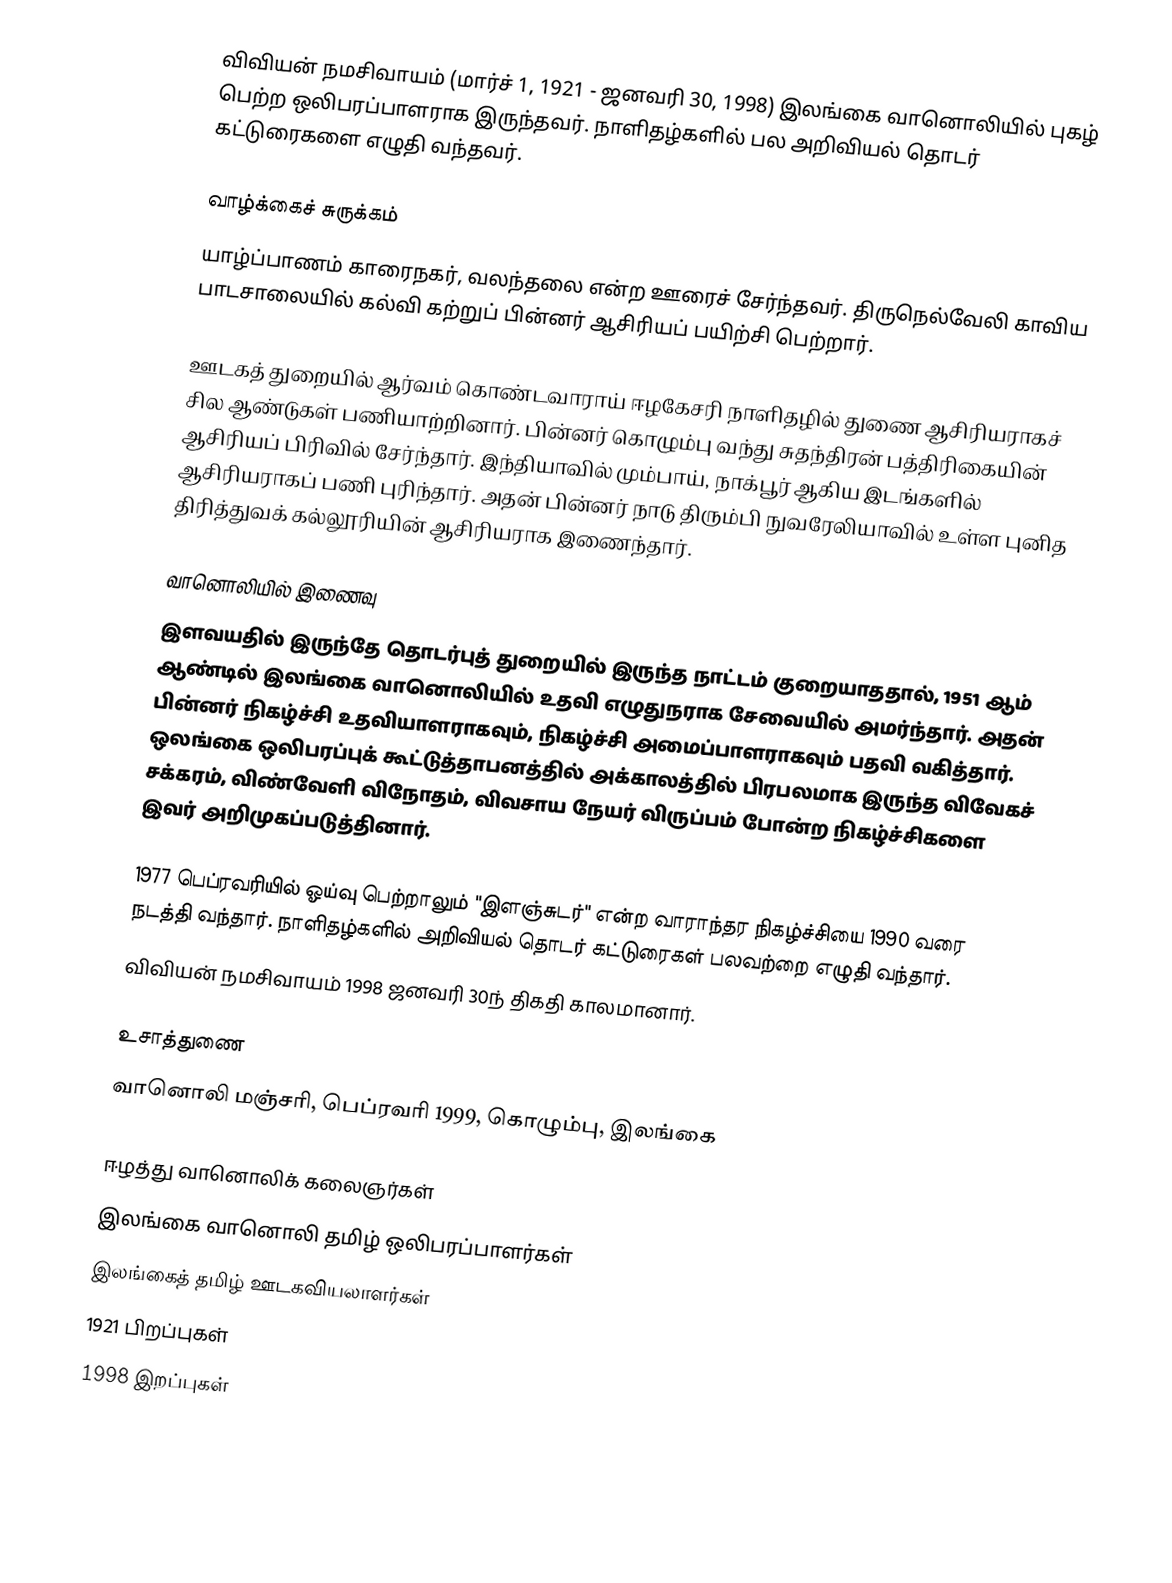
விவியன் நமசிவாயம் (மார்ச் 1, 1921 - ஜனவரி 30, 1998) இலங்கை வானொலியில் புகழ் பெற்ற ஒலிபரப்பாளராக இருந்தவர். நாளிதழ்களில் பல அறிவியல் தொடர் கட்டுரைகளை எழுதி வந்தவர்.

வாழ்க்கைச் சுருக்கம்
யாழ்ப்பாணம் காரைநகர், வலந்தலை என்ற ஊரைச் சேர்ந்தவர். திருநெல்வேலி காவிய பாடசாலையில் கல்வி கற்றுப் பின்னர் ஆசிரியப் பயிற்சி பெற்றார்.

ஊடகத் துறையில் ஆர்வம் கொண்டவாராய் ஈழகேசரி நாளிதழில் துணை ஆசிரியராகச் சில ஆண்டுகள் பணியாற்றினார். பின்னர் கொழும்பு வந்து சுதந்திரன் பத்திரிகையின் ஆசிரியப் பிரிவில் சேர்ந்தார். இந்தியாவில் மும்பாய், நாக்பூர் ஆகிய இடங்களில் ஆசிரியராகப் பணி புரிந்தார். அதன் பின்னர் நாடு திரும்பி நுவரேலியாவில் உள்ள புனித திரித்துவக் கல்லூரியின் ஆசிரியராக இணைந்தார்.

வானொலியில் இணைவு
இளவயதில் இருந்தே தொடர்புத் துறையில் இருந்த நாட்டம் குறையாததால், 1951 ஆம் ஆண்டில் இலங்கை வானொலியில் உதவி எழுதுநராக சேவையில் அமர்ந்தார். அதன் பின்னர் நிகழ்ச்சி உதவியாளராகவும், நிகழ்ச்சி அமைப்பாளராகவும் பதவி வகித்தார். ஒலங்கை ஒலிபரப்புக் கூட்டுத்தாபனத்தில் அக்காலத்தில் பிரபலமாக இருந்த விவேகச் சக்கரம், விண்வேளி விநோதம், விவசாய நேயர் விருப்பம் போன்ற நிகழ்ச்சிகளை இவர் அறிமுகப்படுத்தினார்.

1977 பெப்ரவரியில் ஓய்வு பெற்றாலும் "இளஞ்சுடர்" என்ற வாராந்தர நிகழ்ச்சியை 1990 வரை நடத்தி வந்தார். நாளிதழ்களில் அறிவியல் தொடர் கட்டுரைகள் பலவற்றை எழுதி வந்தார்.
விவியன் நமசிவாயம் 1998 ஜனவரி 30ந் திகதி காலமானார்.

உசாத்துணை
 வானொலி மஞ்சரி, பெப்ரவரி 1999, கொழும்பு, இலங்கை

ஈழத்து வானொலிக் கலைஞர்கள்
இலங்கை வானொலி தமிழ் ஒலிபரப்பாளர்கள்
இலங்கைத் தமிழ் ஊடகவியலாளர்கள்
1921 பிறப்புகள்
1998 இறப்புகள்